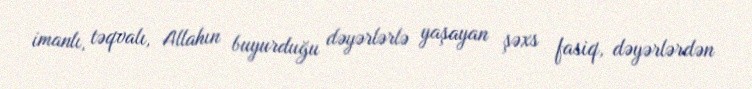
imanlı, təqvalı, Allahın buyurduğu dəyərlərlə yaşayan şəxs fasiq, dəyərlərdən